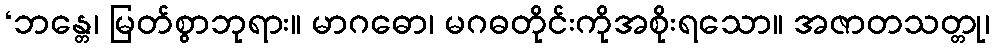
‘ဘန္တေ၊ မြတ်စွာဘုရား။ မာဂဓော၊ မဂဓတိုင်းကိုအစိုးရသော။ အဇာတသတ္တု၊